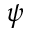
\psi